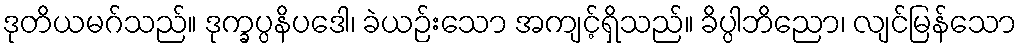
ဒုတိယမဂ်သည်။ ဒုက္ခပ္ပနိပဒေါ၊ ခဲယဉ်းသော အကျင့်ရှိသည်။ ခိပ္ပါဘိညော၊ လျင်မြန်သော